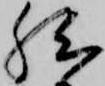
然